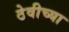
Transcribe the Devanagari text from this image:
ठेवीच्या